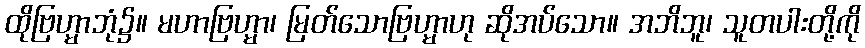
ထိုဗြဟ္မာဘုံ၌။ မဟာဗြဟ္မာ၊ မြတ်သောဗြဟ္မာဟု ဆိုအပ်သော။ အဘိဘူ၊ သူတပါးတို့ကို